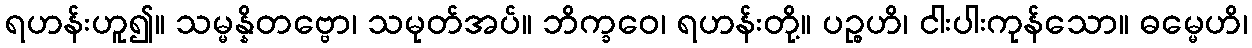
ရဟန်းဟူ၍။ သမ္မန္နိတဗ္ဗော၊ သမုတ်အပ်။ ဘိက္ခဝေ၊ ရဟန်းတို့။ ပဉ္စဟိ၊ ငါးပါးကုန်သော။ ဓမ္မေဟိ၊